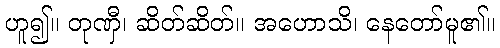
ဟူ၍။ တုဏှီ၊ ဆိတ်ဆိတ်။ အဟောသိ၊ နေတော်မူ၏။